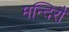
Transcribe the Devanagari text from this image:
मन्दिरौ